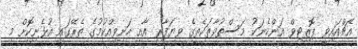
އެޗްއައިވީ ޕޮޒިޓިވް އަންހެނަކު މަސްތުވާތަކެތީގެ ވިޔަފާރި އާއި ހަށިވިއްކުމުގެ ތެރޭގައި އުޅެނިކޮށް މި